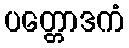
ပတ္တောဒကံ